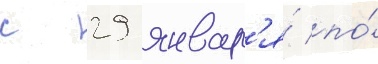
с 29 январ'я́ по́